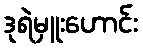
ဒုရဲမှူးဟောင်း